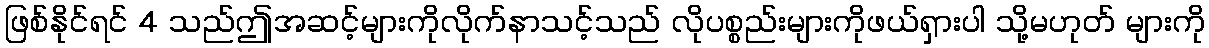
ဖြစ်နိုင်ရင် 4 သည်ဤအဆင့်များကိုလိုက်နာသင့်သည် လိုပစ္စည်းများကိုဖယ်ရှားပါ သို့မဟုတ် များကို